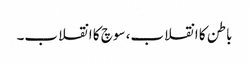
باطن کا انقلاب، سوچ کا انقلاب۔